Vital statistics of India. Vol. IV, Annual returns from 1871 to 1876. British Army of India, Native Army and jails of Bengal
Year: 1871
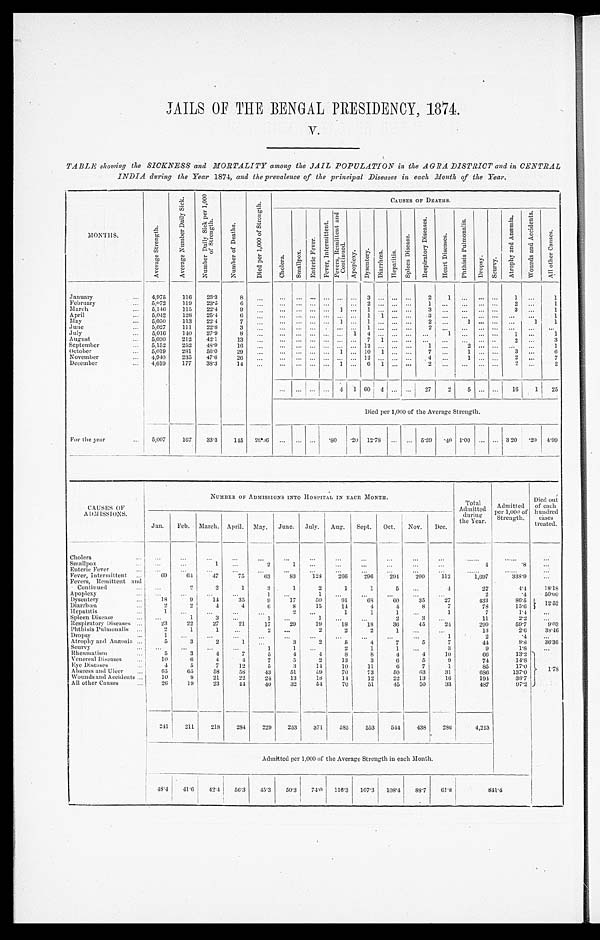
V.
TABLE showing the SICKNESS and MORTALITY among the JAIL POPULATION in the AGRA DISTRICT and in CENTRAL
INDIA during the Year 1874, and the prevalence of the principal Diseases in each Month of the Year.
MONTHS.
A v e r a g e S t r e n g t h .
A v e r a g e N u m b e r D a i l y S i c k .
N u m b e r D a i l y S i c k p e r 1 , 0 0 0
o f S t r e n g t h .
N u m b e r o f D e a t h s .
D i e d p e r 1 , 0 0 0 o f S t r e n g t h .
C A U S E S O F D E A T H S .
C h o l e r a . S m a l l p o x .
E n t e r i c F e v e r .
F e v e r , I n t e r m i t t e n t .
F e v e r s , R e m i t t e n t a n d
C o n t i n u e d .
A p o p l e x y .
D y s e n t e r y .
D i a r r h œ a . H e p a t i t i s .
S p l e e n D i s e a s e .
R e s p i r a t o r y D i s e a s e s .
H e a r t D i s e a s e s .
P h t h i s i s P u l m o n a l i s .
D r o p s y . S c u r v y .
A t r o p h y a n d A n æ m i a .
W o u n d s a n d A c c i d e n t s .
A l l o t h e r C a u s e s .
January
4,975 116 23.3
8
3
2 1
1
1
February
5,972 119 23.5
6
2
1
2
1
March
5 , 1 4 6 115 22.4
9
1 1
3
3
1
April
5,042 128 25.4
6
1 1
3
1
May
5,050 113 22.4
7
1 1
2
1
1 1
June
5,027 111 22.8
3
1
2
July
5,016 140 27.9
8
1 4
1
1
1
August
5,030 212 42.1 13
7 1
2
3
September
5,152 252 48.9 16
12
1
2
1
October
5,019 281 56.0 29
1
10 1
7
1
3
6
November
4,940 235 47.6 26
12
4
1
2
7
December
4,619 177 38.3 14
1 6 1
2
2
2
4 1 60 4
27
2 5
16 1 25
Died per 1,000 of the Average Strength.
For the year
5,007 167 33.3 145 28.06
. 80 .20 12.78
5.39 .40 1.00
3.20 . 2 0 4.99
CAUSES OF
ADMISSIONS.
NUMBER OF ADMISSIONS INTO HOSPITAL IN EACH MONTH.
Total
Admitted duri
ng the Year.
Admitted
per 1,000 of
Strength.
Died out
of each
hundred
cases treated.
Jan. Feb. March. April. May. June. July. Aug. Sept.
—
Oct. Nov. Dec.
Cholera Smallpox
1
2
1
4
.8
Enteric Fever
Fever, Intermittent 69
64
47
75 63
83 128 266 296 294 200 112
1,697
338.9
Fevers, Remittent and
Continued
2
2
1
3
1
2
1
1
5
4
22
4.4 18.18
Apoplexy
1
1
2
.4
5 0 . 0 0
Dysentery
18
9
14
35
9
17
50
91
68
60
35
27
433
8 6 . 5 12.5 2
Diarrhœa
2
2
4
4
6
8 15
14
4
4
8
7
78
15.6
Hepatitis
1
2
1
1
1
1
7
1.4
Spleen Disease
1
3
1
1
2
3
11
2.2
Respiratory Diseases
23
22
27
21
17
29
19
18
18
36
45
24
299
59.7
9. 03
Phthisis Pulmonalis
2
1
1
2
2
2
2
1
13
2.6 38.46
Dropsy
1
1
2
.4
Atrophy and Anæmia
5
3
2
1
3
2
5
4
7
5
7
44
8.8 36.36
Scurvy
1
1
2
1
1
3
9
1.8
Rheumatism
5
3
4
7
5
4
4
8
8
4
4
10
66
13.2 1. 78
Venereal Diseases
10
6
4
4
7
5
2
13
3
6
5
9
74
14.8
Eye Diseases
4
5
7
12
5
3
14
10
11
6
7
1
85
17.0
Abscess and Ulcer
65
65
58
58 43
51
5 9
70
73
50
63
31
686
137.0
Wounds and Accidents
10
9
21
22
24
13
18
14
12
22
13
16
194
38.7
All other Causes
26
19
23 44
40
32
54
70
51
45
50
33
487
97.2
241 211 218 284 229 253 371 585 553 544 438 286
4,213
Admitted per 1, 000 of the Average Strength in each Month.
48.4 41.6 42.4 56.3 45.3 50.3 74.0 116.3 107.3 108.4 88.7 61.8
8 4 1 . 4